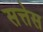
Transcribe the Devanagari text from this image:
सत्तेस